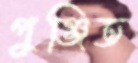
পুঞ্জিত